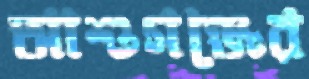
আশুগঞ্জের